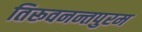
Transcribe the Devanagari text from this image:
तिरूवनन्तपुरम